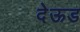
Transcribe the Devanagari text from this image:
देऊड